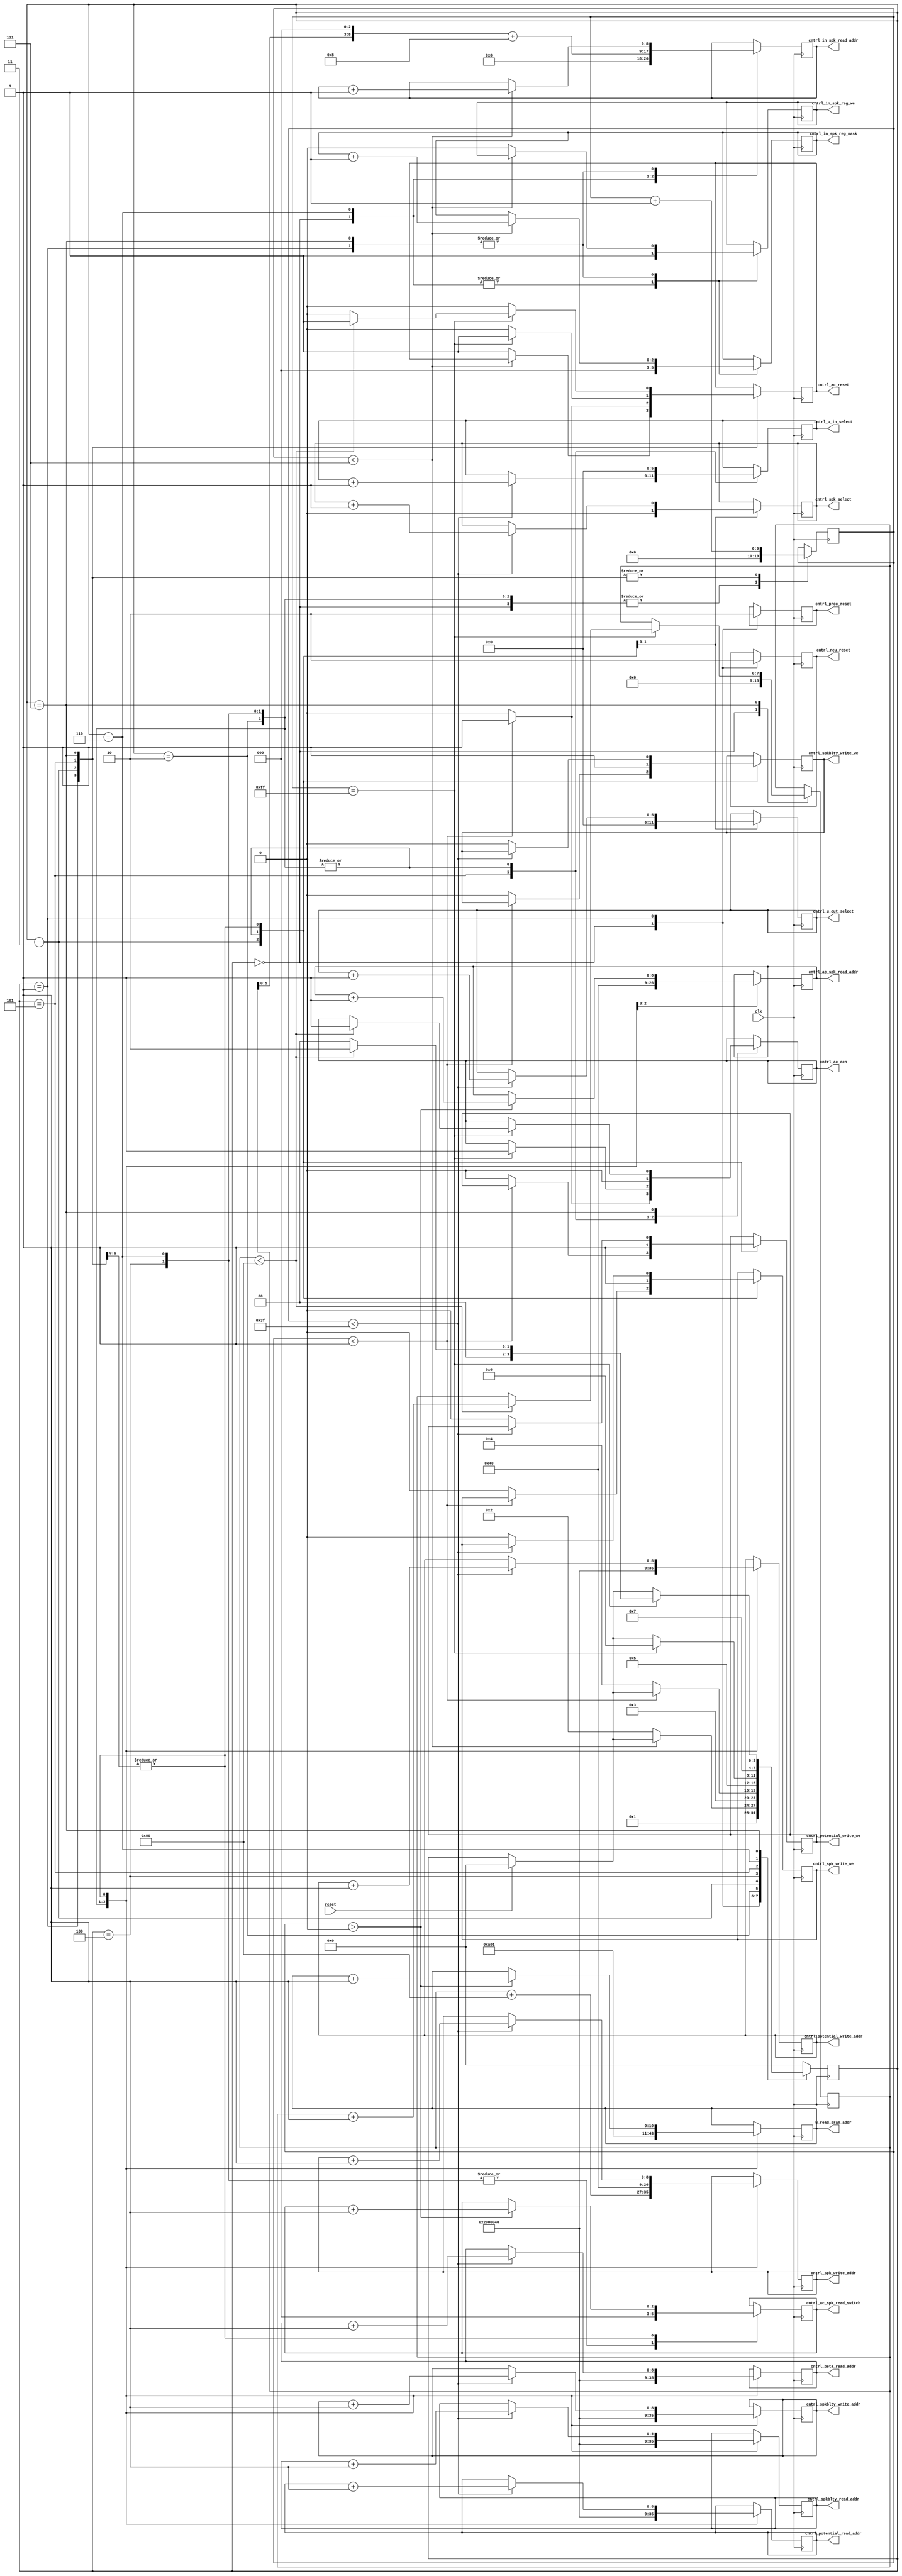
`default_nettype none
`timescale 1ns/1ns

`define STATE_INIT               4'd0
`define STATE_INPUT_O            4'd1
`define STATE_PRE_INPUT          4'd2
`define STATE_INPUT              4'd3
`define STATE_P_H                4'd4
`define STATE_HIDDEN             4'd5
`define STATE_PRE_OUTPUT         4'd6
`define STATE_OUTPUT             4'd7

module control_unit_256 (
    // w sram addr
    output reg [10:0] w_read_sram_addr,                 // w read

    // neuron selector
    output reg [5:0] cntrl_u_out_select,                // potential write
    output reg cntrl_spk_select,                        // input layer
    output reg [5:0] cntrl_u_in_select,                 // potential read

    // accumlators
    output reg cntrl_ac_reset,                          // reset ac when changing layers
    output reg cntrl_ac_oen,                            // read ac into the neuron when ready

    //neurons
    output reg cntrl_neu_reset,                         // reset neurons (on reset) (prob useless)

    //spk procssor
    output reg [2:0] cntrl_in_spk_reg_mask,             // read in_spk input layer
    output reg cntrl_in_spk_reg_we,                     // read in_spk input layer
    output reg cntrl_proc_reset,                        // reset in_spk (prob uselss)

    //u_b_processor


    //spk_memory_controler
    output reg [8:0] cntrl_spkblty_read_addr,           // spkblty read
    output reg [8:0] cntrl_spkblty_write_addr,          // spkblty write
    output reg cntrl_spkblty_write_we,                  // spkblty write
    output reg [2:0] cntrl_ac_spk_read_switch,          // spk read
    output reg [8:0] cntrl_ac_spk_read_addr,            // spk read
    output reg [8:0] cntrl_spk_write_addr,              // spk write
    output reg cntrl_spk_write_we,                      // spk write
    output reg [8:0] cntrl_in_spk_read_addr,            // in_spk read

    //u_b_memory_controler
    output reg [8:0] cntrl_potential_read_addr,         // potential read
    output reg [8:0] cntrl_potential_write_addr,        // potential write
    output reg cntrl_potential_write_we,                // potential write
    output reg [8:0] cntrl_beta_read_addr,              // beta read

    input wire clk, reset
    );

    reg [3:0] state;
    reg [7:0] time_step;
    reg [9:0] cnt_512;
    always @(posedge clk) begin
        case (state)
            `STATE_INIT: begin
                cntrl_proc_reset <= 1;
                cntrl_neu_reset <= 1;
                cnt_512 <= 0;
                time_step <= 0;
                state <= `STATE_INPUT_O;
                // in spk load
                cntrl_in_spk_reg_mask <= 0;
                cntrl_in_spk_reg_we <= 1;
                cntrl_in_spk_read_addr <= 0;
            end
            `STATE_INPUT_O: begin
                if (reset)
                    state <= `STATE_INIT;

                cnt_512 <= cnt_512 + 1;
                cntrl_proc_reset <= 0;
                cntrl_neu_reset <= 0;
                // 8 cycles
                if (cnt_512 < 7) begin
                    cntrl_in_spk_read_addr <= cntrl_in_spk_read_addr + 1;
                    cntrl_in_spk_reg_mask <= cntrl_in_spk_reg_mask + 1;
                end else begin
                    cntrl_in_spk_reg_we <= 0;
                    cntrl_ac_reset <= 1;
                    state <= `STATE_PRE_INPUT;
                end
            end
            `STATE_PRE_INPUT: begin
                cnt_512 <= 0;
                cntrl_ac_oen <= 0;

                // update addr
                // current layer:
                w_read_sram_addr  <= 0;
                // previous layer:
                cntrl_potential_read_addr <= 128;
                cntrl_beta_read_addr <= 128;
                cntrl_spkblty_read_addr <= 128;
                cntrl_potential_write_addr <= 128;
                cntrl_spkblty_write_addr <= 128;
                cntrl_spk_write_addr <= time_step + 128;

                // neuron select
                cntrl_u_out_select <= 0;
                cntrl_spk_select <= 0;
                cntrl_u_in_select <= 0;
                // write enable
                cntrl_spkblty_write_we <= 1;
                cntrl_spk_write_we <= 1;
                cntrl_potential_write_we <= 1;

                state <= `STATE_INPUT;
            end
            `STATE_INPUT: begin
                if (reset)
                    state <= `STATE_INIT;

                cntrl_ac_reset <= 0;
                cnt_512 <= cnt_512 + 1;
                // 64 cycles
                /* if (cnt_512 < 63) begin      // timing check */
                /*     cntrl_potential_read_addr <= cntrl_potential_read_addr + 1; */
                /*     cntrl_beta_read_addr <= cntrl_beta_read_addr + 1; */
                /*     cntrl_u_in_select <= cntrl_u_in_select + 1; */
                /*     cntrl_spk_write_addr <= cntrl_spk_write_addr + 1; */
                /*     cntrl_spkblty_read_addr <= cntrl_spkblty_read_addr + 1; */
                /*     cntrl_spkblty_write_addr <= cntrl_spkblty_write_addr + 1; */
                /* end */
                // 1 cycle
                if (cnt_512 < 1) begin
                    cntrl_ac_oen <= 1;
                    cntrl_ac_reset <= 1;
                end else begin
                    cntrl_ac_oen <= 0;
                    cntrl_spkblty_write_we <= 0;
                    cntrl_spk_write_we <= 0;
                    cntrl_potential_write_we <= 0;
                    state <= `STATE_P_H;
                end
                // finish
                /* if (cnt_512 == 64) begin       // timing check */
                /* end */
            end
            `STATE_P_H: begin
                cnt_512 <= 0;
                cntrl_ac_oen <= 0;
                // update addr
                // current layer:
                w_read_sram_addr  <= 1;
                // previous layer:
                cntrl_potential_read_addr <= 0;
                cntrl_beta_read_addr <= 0;
                cntrl_ac_spk_read_addr <= 0;
                cntrl_ac_spk_read_switch <= 0;
                cntrl_spkblty_read_addr <= 0;
                cntrl_potential_write_addr <= 0;
                cntrl_spkblty_write_addr <= 0;
                cntrl_spk_write_addr <= 0;
                // neuron select
                cntrl_u_out_select <= 0;
                cntrl_spk_select <= 0;
                cntrl_u_in_select <= 0;
                // write enable
                cntrl_spkblty_write_we <= 1;
                cntrl_spk_write_we <= 1;
                cntrl_potential_write_we <= 1;

                state <= `STATE_HIDDEN;
            end
            `STATE_HIDDEN: begin
                if (reset)
                    state <= `STATE_INIT;

                cntrl_ac_reset <= 0;
                cnt_512 <= cnt_512 + 1;
                // 512 cycles with 1 cycle delay
                // w read, spk read
                if (cnt_512 > 0) begin          // timing check
                    w_read_sram_addr <= w_read_sram_addr + 1;
                    cntrl_ac_spk_read_addr <= cntrl_ac_spk_read_addr + 1;
                    cntrl_ac_spk_read_switch <= cntrl_ac_spk_read_switch + 1;
                end
                // 64 cycles
                // potential r/w, spk w, spkblty r/w, beta r
                if (cnt_512 < 63) begin         // timing check
                    cntrl_potential_read_addr <= cntrl_potential_read_addr + 1;
                    cntrl_potential_write_addr <= cntrl_potential_write_addr + 1;
                    cntrl_spk_write_addr <= cntrl_spk_write_addr + 1;
                    cntrl_spkblty_read_addr <= cntrl_spkblty_read_addr + 1;
                    cntrl_spkblty_write_addr <= cntrl_spkblty_write_addr + 1;
                    cntrl_beta_read_addr <= cntrl_beta_read_addr + 1;
                    cntrl_u_out_select <= cntrl_u_out_select + 1;
                    cntrl_spk_select <= cntrl_spk_select + 1;
                    cntrl_u_in_select <= cntrl_u_in_select + 1;
                end else begin
                    cntrl_spkblty_write_we <= 0;
                    cntrl_spk_write_we <= 0;
                    cntrl_potential_write_we <= 0;
                end
                // finish
                if (cnt_512 == 255) begin       // timing check
                    cntrl_ac_oen <= 1;
                    cntrl_ac_reset <= 1;
                    state <= `STATE_PRE_OUTPUT;
                end
            end
            `STATE_PRE_OUTPUT: begin
                cnt_512 <= 0;
                cntrl_ac_oen <= 0;
                // update addr
                // current layer:
                w_read_sram_addr  <= 513;
                // previous layer:
                cntrl_potential_read_addr <= 64;
                cntrl_beta_read_addr <= 64;
                cntrl_ac_spk_read_addr <= 64;
                cntrl_ac_spk_read_switch <= 0;
                cntrl_spkblty_read_addr <= 64;
                cntrl_potential_write_addr <= 64;
                cntrl_spkblty_write_addr <= 64;
                cntrl_spk_write_addr <= 64;
                // neuron select
                cntrl_u_out_select <= 0;
                cntrl_spk_select <= 0;
                cntrl_u_in_select <= 0;
                // write enable
                cntrl_spkblty_write_we <= 1;
                cntrl_spk_write_we <= 1;
                cntrl_potential_write_we <= 1;
                // in spk load
                cntrl_in_spk_reg_mask <= 0;
                cntrl_in_spk_reg_we <= 1;
                cntrl_in_spk_read_addr <= (time_step << 3) + 8;

                state <= `STATE_OUTPUT;
            end
            `STATE_OUTPUT: begin
                if (reset)
                    state <= `STATE_INIT;

                cntrl_ac_reset <= 0;
                cnt_512 <= cnt_512 + 1;
                // 512 cycles with 1 cycle delay
                // w read, spk read
                if (cnt_512 > 0) begin          // timing check
                    w_read_sram_addr <= w_read_sram_addr + 1;
                    cntrl_ac_spk_read_addr <= cntrl_ac_spk_read_addr + 1;
                    cntrl_ac_spk_read_switch <= cntrl_ac_spk_read_switch + 1;
                end
                // 64 cycles
                // potential r/w, spk w, spkblty r/w, beta r
                if (cnt_512 < 63) begin         // timing check
                    cntrl_beta_read_addr <= cntrl_beta_read_addr + 1;
                    cntrl_potential_read_addr <= cntrl_potential_read_addr + 1;
                    cntrl_potential_write_addr <= cntrl_potential_write_addr + 1;
                    cntrl_spk_write_addr <= cntrl_spk_write_addr + 1;
                    cntrl_spkblty_read_addr <= cntrl_spkblty_read_addr + 1;
                    cntrl_spkblty_write_addr <= cntrl_spkblty_write_addr + 1;
                    cntrl_u_out_select <= cntrl_u_out_select + 1;
                    cntrl_spk_select <= cntrl_spk_select + 1;
                end else begin
                    cntrl_spkblty_write_we <= 0;
                    cntrl_spk_write_we <= 0;
                    cntrl_potential_write_we <= 0;
                end
                // 8 cycles
                if (cnt_512 < 7) begin
                    cntrl_in_spk_read_addr <= cntrl_in_spk_read_addr + 1;
                    cntrl_in_spk_reg_mask <= cntrl_in_spk_reg_mask + 1;
                end else begin
                    cntrl_in_spk_reg_we <= 0;
                end
                // finish
                if (cnt_512 == 255) begin       // timing check
                    if (time_step < 128) begin
                        cntrl_ac_oen <= 1;
                        cntrl_ac_reset <= 1;
                        time_step <= time_step + 1;
                        state <= `STATE_PRE_INPUT;
                    end else begin
                        state <= `STATE_INIT;
                    end
                end
            end
            default: state <= `STATE_INIT;
        endcase
    end

    `ifdef COCOTB_SIM
    initial begin
    $dumpfile ("control_unit_256.vcd");
    $dumpvars (0, control_unit_256);
    #1;
    end
    `endif

endmodule